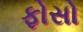
ફોસો